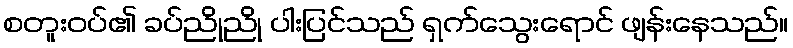
စတူးဝပ်၏ ခပ်ညိုညို ပါးပြင်သည် ရှက်သွေးရောင် ဖျန်းနေသည်။